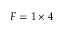
F = 1 \times 4